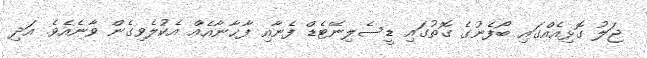
ޖަލު ގޮޅިއެއްގައި ބޯފެނުގެ ގޮތުގައި ޑީސެލިނޭޓެޑް ފެނާއި ފާޚާނާއެއް އެކުލެވިގެން ވާނެއެވެ. އަދި